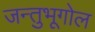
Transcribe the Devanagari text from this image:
जन्तुभूगोल